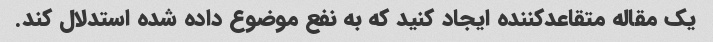
یک مقاله متقاعدکننده ایجاد کنید که به نفع موضوع داده شده استدلال کند.